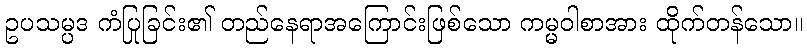
ဥပသမ္ပဒ ကံပြုခြင်း၏ တည်နေရာအကြောင်းဖြစ်သော ကမ္မဝါစာအား ထိုက်တန်သော။